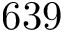
6 3 9